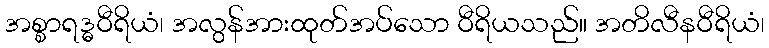
အစ္စာရဒ္ဓဝီရိယံ၊ အလွန်အားထုတ်အပ်သော ဝီရိယသည်။ အတိလီနဝီရိယံ၊